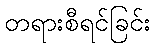
တရားစီရင်ခြင်း